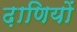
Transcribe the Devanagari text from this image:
ढ़ाणियों